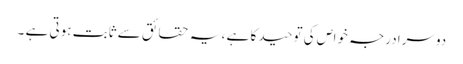
دوسرا درجہ خواص کی توحید کا ہے ، یہ حقائق سے ثابت ہوتی ہے ۔